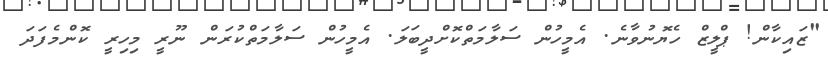
"ޒައިކާން! ޕްލީޒް ހެޔޮނުވާނެ. އެމީހުން ސަލާމަތްކޮށްދީބަލަ. އެމީހުން ސަލާމަތްކުރަން ނޫރީ މިހިރީ ކޮންމެފަދަ